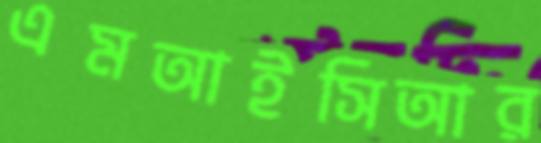
এমআইসিআর